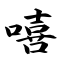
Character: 嘻